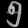
Digit: ၅